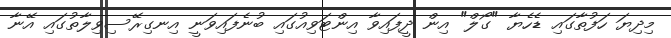
މިދިޔަ ހަފުތާގައި ޑެހެޔާ "ގޯލް" އިން ދީފައިވާ އިންޓަވިއުގައި ބުނެފައިވަނީ އިނގިރޭސިވިލާތުގައި އޭނާ